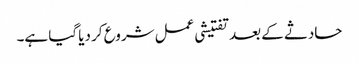
حادثے کے بعد تفتیشی عمل شروع کر دیا گیا ہے۔